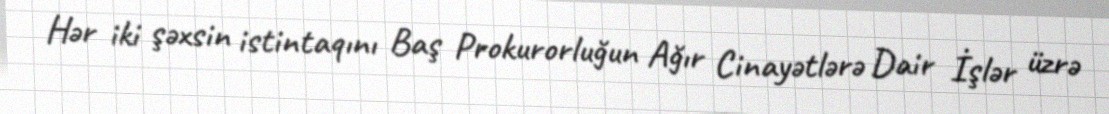
Hər iki şəxsin istintaqını Baş Prokurorluğun Ağır Cinayətlərə Dair İşlər üzrə